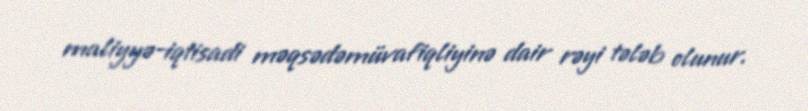
maliyyə-iqtisadi məqsədəmüvafiqliyinə dair rəyi tələb olunur.